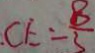
C E = \frac { 8 } { 3 }